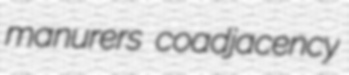
manurers coadjacency